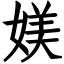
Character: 媄